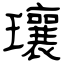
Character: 瓖